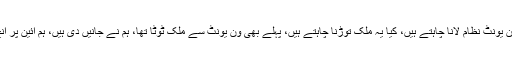
انہوںنے کہاکہ یہ ون یونٹ نظام لانا چاہتے ہیں، کیا یہ ملک توڑنا چاہتے ہیں، پہلے بھی ون یونٹ سے ملک ٹوٹا تھا، ہم نے جانیں دی ہیں، ہم آئین پر آنچ نہیں آنے دیں گے۔